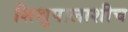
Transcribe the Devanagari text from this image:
शिशुपालाशीच